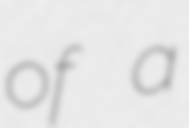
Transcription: of a